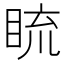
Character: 𥆨